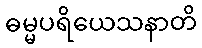
ဓမ္မပရိယေသနာတိ